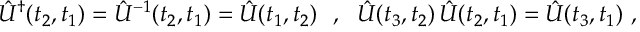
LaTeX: \hat { U } ^ { \dagger } ( t _ { 2 } , t _ { 1 } ) = \hat { U } ^ { - 1 } ( t _ { 2 } , t _ { 1 } ) = \hat { U } ( t _ { 1 } , t _ { 2 } ) \ \ , \ \ \hat { U } ( t _ { 3 } , t _ { 2 } ) \, \hat { U } ( t _ { 2 } , t _ { 1 } ) = \hat { U } ( t _ { 3 } , t _ { 1 } ) \ ,